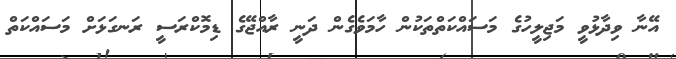
އޭނާ ވިދާޅުވީ މަޖިލީހުގެ މަސައްކަތްތަކުން ހާމަވެގެން ދަނީ ރާއްޖޭގެ ޑިމޮކްރަސީ ރަނގަޅަށް މަސައްކަތް